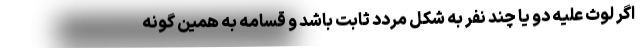
اگر لوث علیه دو یا چند نفر به شکل مردد ثابت باشد و قسامه به همین گونه